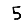
Digit: 5